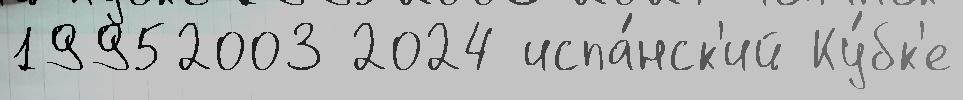
19952003 2024 испа́нск'ий Ку́бк'е